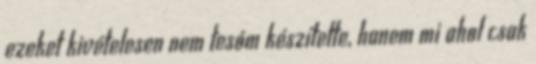
ezeket kivételesen nem tesóm készítette, hanem mi ahol csak